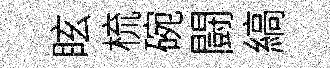
眩梳碗闘縞